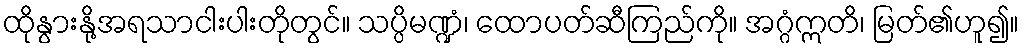
ထိုနွားနို့အရသာငါးပါးတိုတွင်။ သပ္ပိမဏ္ဍံ၊ ထောပတ်ဆီကြည်ကို။ အဂ္ဂံဣတိ၊ မြတ်၏ဟူ၍။